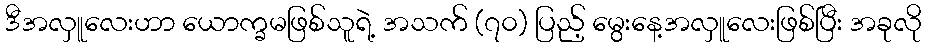
ဒီအလှူလေးဟာ ယောက္ခမဖြစ်သူရဲ့ အသက် (၇၀) ပြည့် မွေးနေ့အလှူလေးဖြစ်ပြီး အခုလို